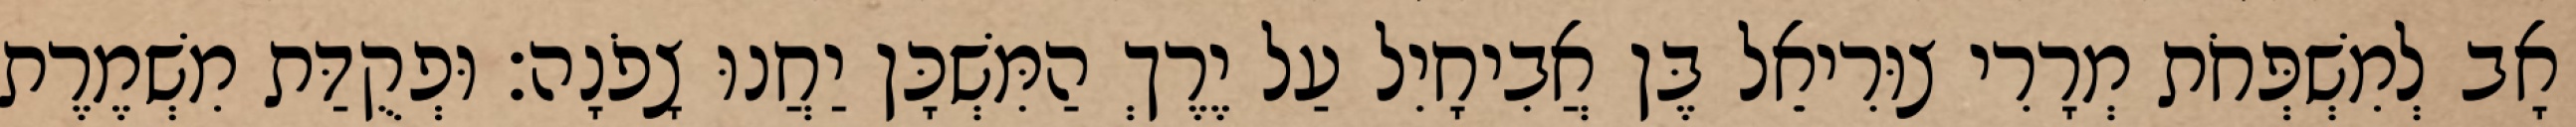
אָב לְמִשְׁפְּחֹת מְרָרִי צוּרִיאֵל בֶּן אֲבִיחָיִל עַל יֶרֶךְ הַמִּשְׁכָּן יַחֲנוּ צָפֹנָה׃ וּפְקֻדַּת מִשְׁמֶרֶת